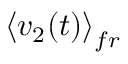
\left\langle v _ { 2 } ( t ) \right\rangle _ { f r }